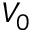
V _ { 0 }